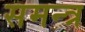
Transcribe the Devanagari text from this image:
समन्त्र